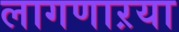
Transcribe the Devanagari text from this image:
लागणाऱया